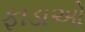
ફાડાઓ